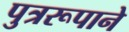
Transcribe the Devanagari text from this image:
पुत्ररूपाने